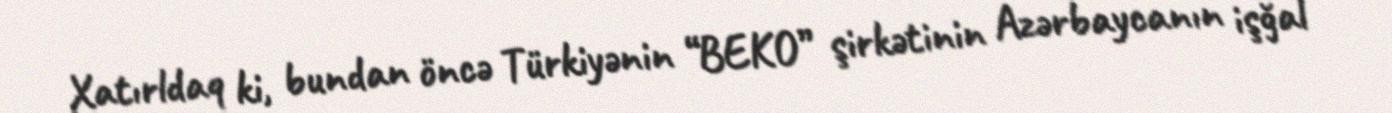
Xatırldaq ki, bundan öncə Türkiyənin “BEKO” şirkətinin Azərbaycanın işğal